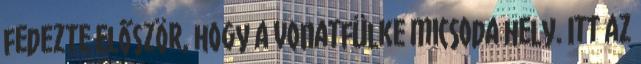
fedezte először, hogy a vonatfülke micsoda hely. Itt az